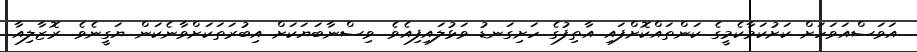
އަވަސްއަވަހަށް ކަށުކަމާކެމީގެ ކަންތައްކޮށްފައި އާތިފުގެ ހަށިގަނޑު ވަޅުލައިފިއެވެ. ވިސްނާބަޔަކަށް އިބުރަތަކަށްވާނެކަން ޔަގީނެވެ. ރޮޒާލިއާ